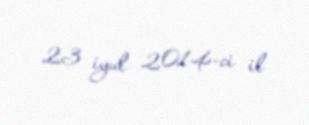
23 iyul 2014-ci il